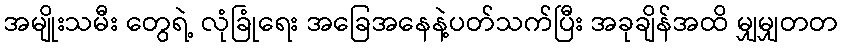
အမျိုးသမီး တွေရဲ့ လုံခြုံရေး အခြေအနေနဲ့ပတ်သက်ပြီး အခုချိန်အထိ မျှမျှတတ